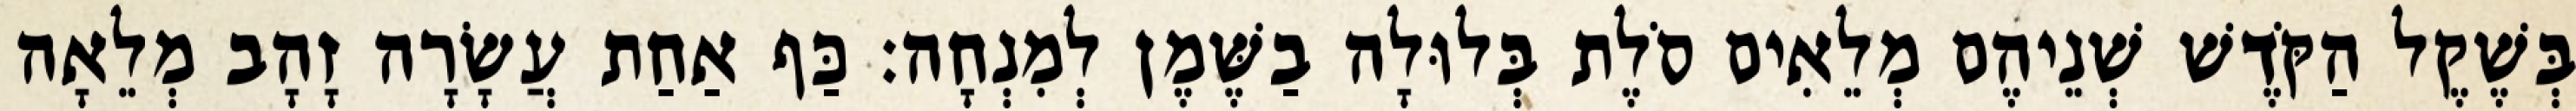
בְּשֶׁקֶל הַקֹּדֶשׁ שְׁנֵיהֶם מְלֵאִים סֹלֶת בְּלוּלָה בַשֶּׁמֶן לְמִנְחָה׃ כַּף אַחַת עֲשָׂרָה זָהָב מְלֵאָה